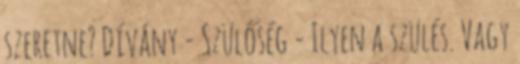
szeretne? Dívány - Szülőség - Ilyen a szülés. Vagy